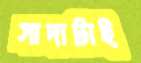
সাদাটাই